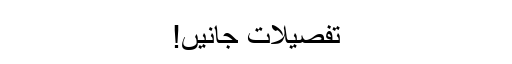
تفصیلات جانیں!